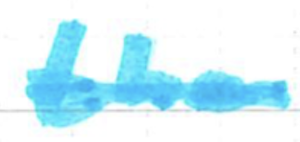
Text: the
Cross-out: single-line
Writing tool: marker